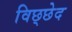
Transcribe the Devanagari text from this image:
विछ्छेद